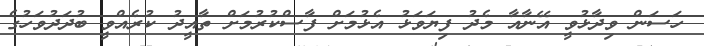
ހަސަން ވިދާޅުވީ އޭނާއާ މެދު ފިޔަވަޅު އެޅުމަށް ފާސްކުރުމަށް ތާއީދު ކުރެއްވީ ބުދަދުވަހުގެ